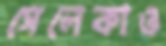
সেলেকাও